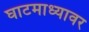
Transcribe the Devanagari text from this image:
घाटमाध्यावर